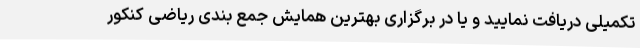
تکمیلی دریافت نمایید و یا در برگزاری بهترین همایش جمع بندی ریاضی کنکور